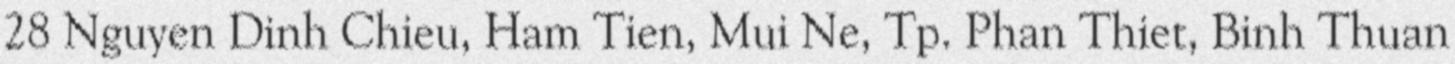
28 Nguyen Dinh Chieu, Ham Tien, Mui Ne, Tp. Phan Thiet, Binh Thuan